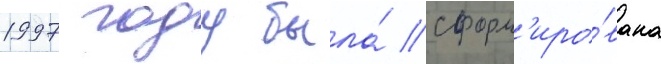
1997 году была́ сформ'иро́вана